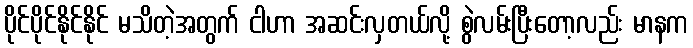
ပိုင်ပိုင်နိုင်နိုင် မသိတဲ့အတွက် ငါဟာ အဆင်းလှတယ်လို့ စွဲလမ်းပြီးတော့လည်း မာနက